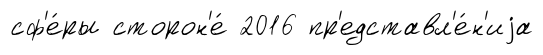
сф'е́ры сторон'е́ 2016 пр'едставл'е́н'иjа